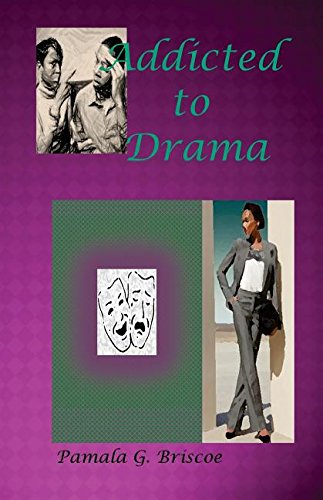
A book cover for Addicted to Drama; Pamala G Briscoe; Literature & Fiction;